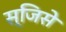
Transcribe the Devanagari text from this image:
स्जिसे